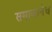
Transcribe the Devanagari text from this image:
समाजानेच